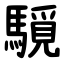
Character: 䮭